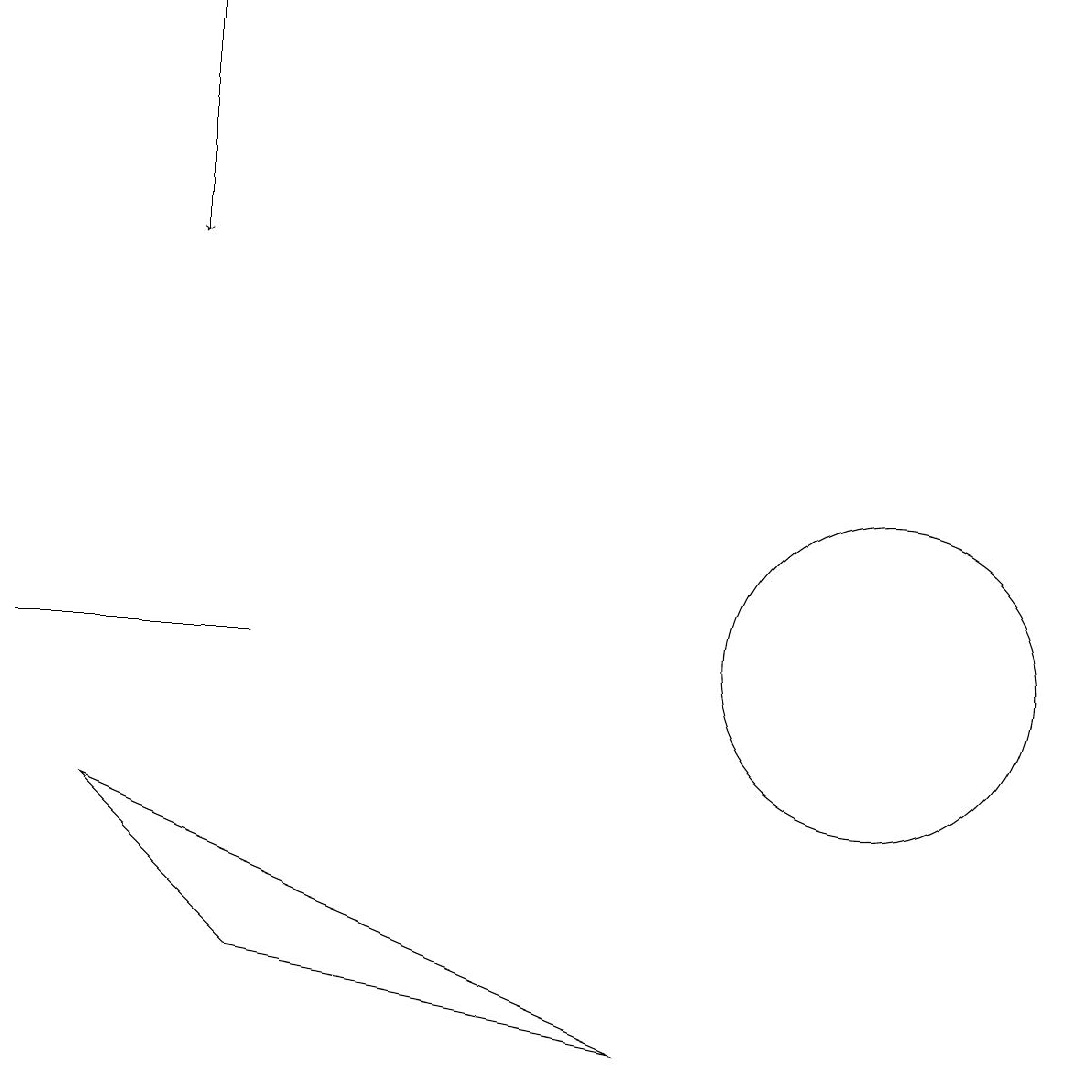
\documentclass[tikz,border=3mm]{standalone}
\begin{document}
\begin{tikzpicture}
\draw (2,9) -- (9,6) -- (4,7) -- cycle;
\draw[->] (3,19) -- (3,16);
\draw (12,11) circle (2);
\draw (4,11) rectangle (1,11);
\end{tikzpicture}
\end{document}